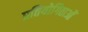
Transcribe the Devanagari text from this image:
प्रतियोगिताओँ